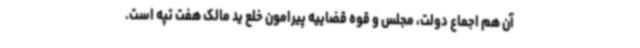
آن هم اجماع دولت، مجلس و قوه قضاییه پیرامون خلع ید مالک هفت تپه است.